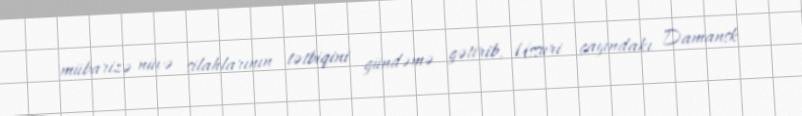
mübarizə nüvə silahlarının tətbiqini gündəmə gətirib, Ussuri çayındakı Damansk